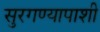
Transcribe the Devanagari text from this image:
सुरगण्यापाशी